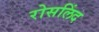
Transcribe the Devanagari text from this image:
रोसलिंद